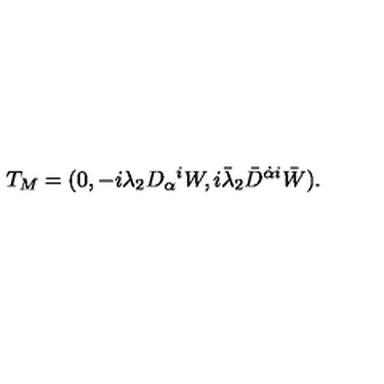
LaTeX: T _ { M } = ( 0 , - i \lambda _ { 2 } D _ { \alpha } { } ^ { i } W , i \bar { \lambda } _ { 2 } \bar { D } ^ { \dot { \alpha } i } \bar { W } ) .